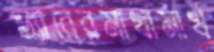
ড্যাবেরমাখামাখ